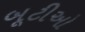
બૂટીઓ